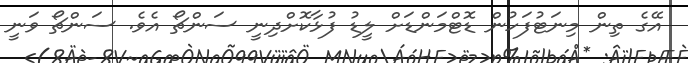
އޭގެ ތިން މިނަޓުފަހުން ޑޮޓްމަންޑަށް ލީޑު ފުޅާކޮށްދިނީ ސަންޗޯ އެވެ. ސަންޗޯ ވަނީ